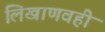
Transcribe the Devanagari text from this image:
लिखाणवही